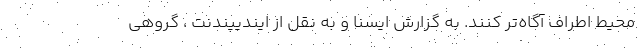
محیط اطراف آگاه‌تر کنند. به گزارش ایسنا و به نقل از ایندیپندنت ، گروهی